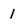
Character: I